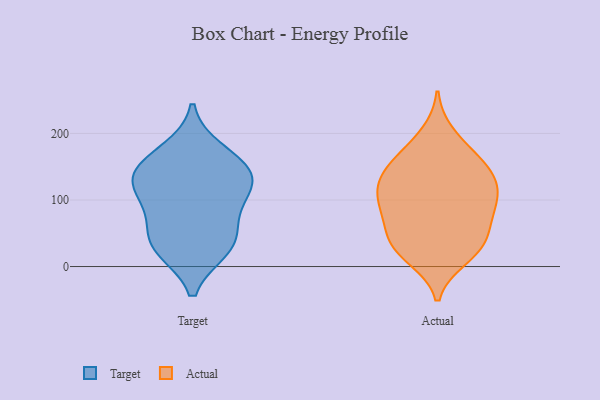
{"axis": {"x": "Net Income (USD K)", "y": "Value"}, "legend": ["Actual", "Target"], "data": [{"x": "", "y": 106, "type": "Target"}, {"x": "", "y": 38, "type": "Target"}, {"x": "", "y": 173, "type": "Target"}, {"x": "", "y": 142, "type": "Target"}, {"x": "", "y": 75, "type": "Target"}, {"x": "", "y": 145, "type": "Target"}, {"x": "", "y": 114, "type": "Target"}, {"x": "", "y": 27, "type": "Target"}, {"x": "", "y": 139, "type": "Target"}, {"x": "", "y": 32, "type": "Target"}, {"x": "", "y": 150, "type": "Actual"}, {"x": "", "y": 88, "type": "Actual"}, {"x": "", "y": 158, "type": "Actual"}, {"x": "", "y": 31, "type": "Actual"}, {"x": "", "y": 144, "type": "Actual"}, {"x": "", "y": 110, "type": "Actual"}, {"x": "", "y": 117, "type": "Actual"}, {"x": "", "y": 55, "type": "Actual"}, {"x": "", "y": 80, "type": "Actual"}, {"x": "", "y": 104, "type": "Actual"}, {"x": "", "y": 21, "type": "Actual"}, {"x": "", "y": 123, "type": "Actual"}, {"x": "", "y": 176, "type": "Actual"}, {"x": "", "y": 62, "type": "Actual"}, {"x": "", "y": 24, "type": "Actual"}, {"x": "", "y": 13, "type": "Actual"}, {"x": "", "y": 45, "type": "Actual"}, {"x": "", "y": 199, "type": "Actual"}, {"x": "", "y": 98, "type": "Actual"}, {"x": "", "y": 142, "type": "Actual"}]}